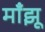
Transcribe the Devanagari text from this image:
माँझू